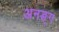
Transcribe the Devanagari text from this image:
अनङ्‌ग